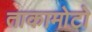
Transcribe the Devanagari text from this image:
ताकामोटो